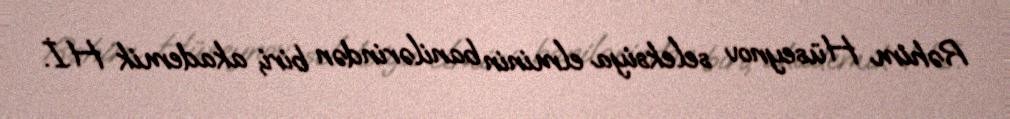
Rəhim Hüseynov seleksiya elminin banilərindən biri, akademik H.İ.